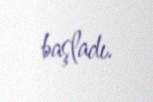
başladı.